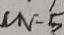
M = 5